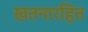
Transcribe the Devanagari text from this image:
खतनारहित